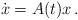
LaTeX: \begin{align*}\dot x=A(t)x\,.\end{align*}